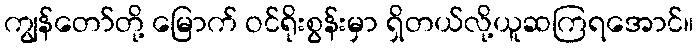
ကျွန်တော်တို့ မြောက် ဝင်ရိုးစွန်းမှာ ရှိတယ်လို့ယူဆကြရအောင်။